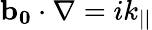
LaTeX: \mathbf{b_{0}}\cdot\nabla=ik_{||}